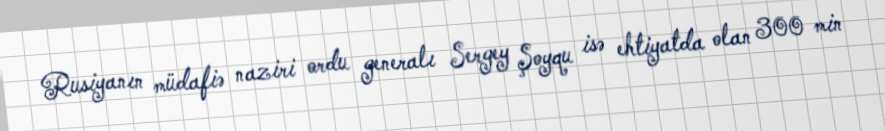
Rusiyanın müdafiə naziri ordu generalı Sergey Şoyqu isə ehtiyatda olan 300 min